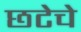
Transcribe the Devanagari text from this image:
छटेचे